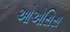
ઓએસિસ